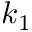
k _ { 1 }